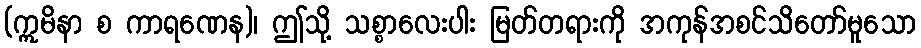
(ဣမိနာ စ ကာရဏေန)၊ ဤသို့ သစ္စာလေးပါး မြတ်တရားကို အကုန်အစင်သိတော်မူသော